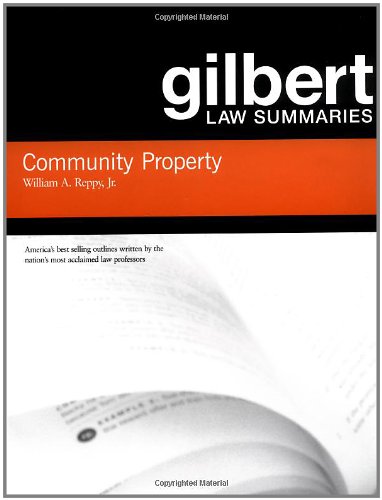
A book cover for Community Property (Gilbert Law Summaries); William Reppy Jr; Business & Money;